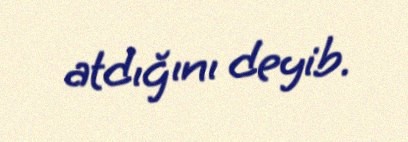
atdığını deyib.